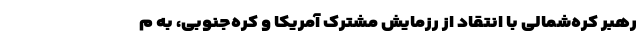
رهبر کره‌شمالی با انتقاد از رزمایش مشترک آمریکا و کره‌جنوبی، به م